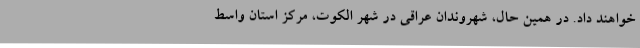
خواهند داد. در همین حال، شهروندان عراقی در شهر الکوت، مرکز استان واسط